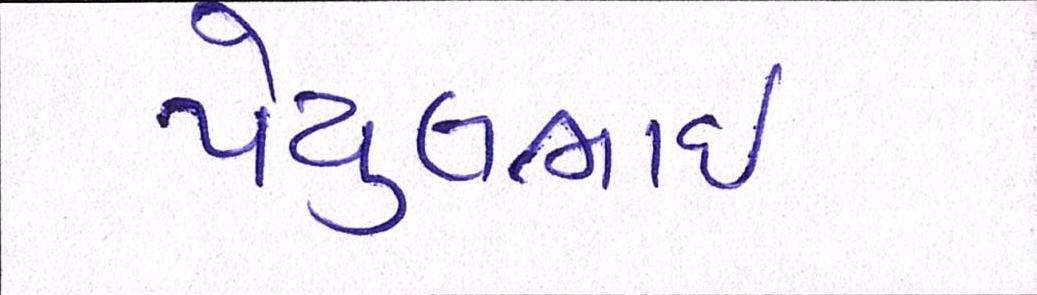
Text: પેયુલભાઈ